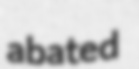
abated